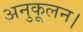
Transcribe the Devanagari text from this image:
अनुकूलन।